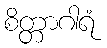
စိတ္တာဂါရံ